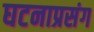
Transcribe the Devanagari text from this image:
घटनाप्रसंग